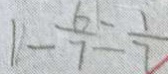
1 - \frac { 6 } { 7 } = \frac { 1 } { 7 }